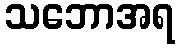
သဘောအရ